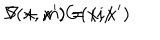
S ( x , x ^ { \prime } ) = ( i / \hspace { - 3 m m } \nabla + m ) G ( x , x ^ { \prime } )